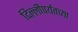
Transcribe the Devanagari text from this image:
दिल्लीपर्यंतच्या